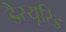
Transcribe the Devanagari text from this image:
डैस्यूरिड